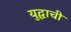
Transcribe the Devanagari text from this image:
युद्घाची